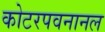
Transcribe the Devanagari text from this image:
कोटरपवनानल